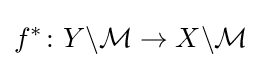
f^{*}\colon Y\backslash {\mathcal {M}}\rightarrow X\backslash {\mathcal {M}}